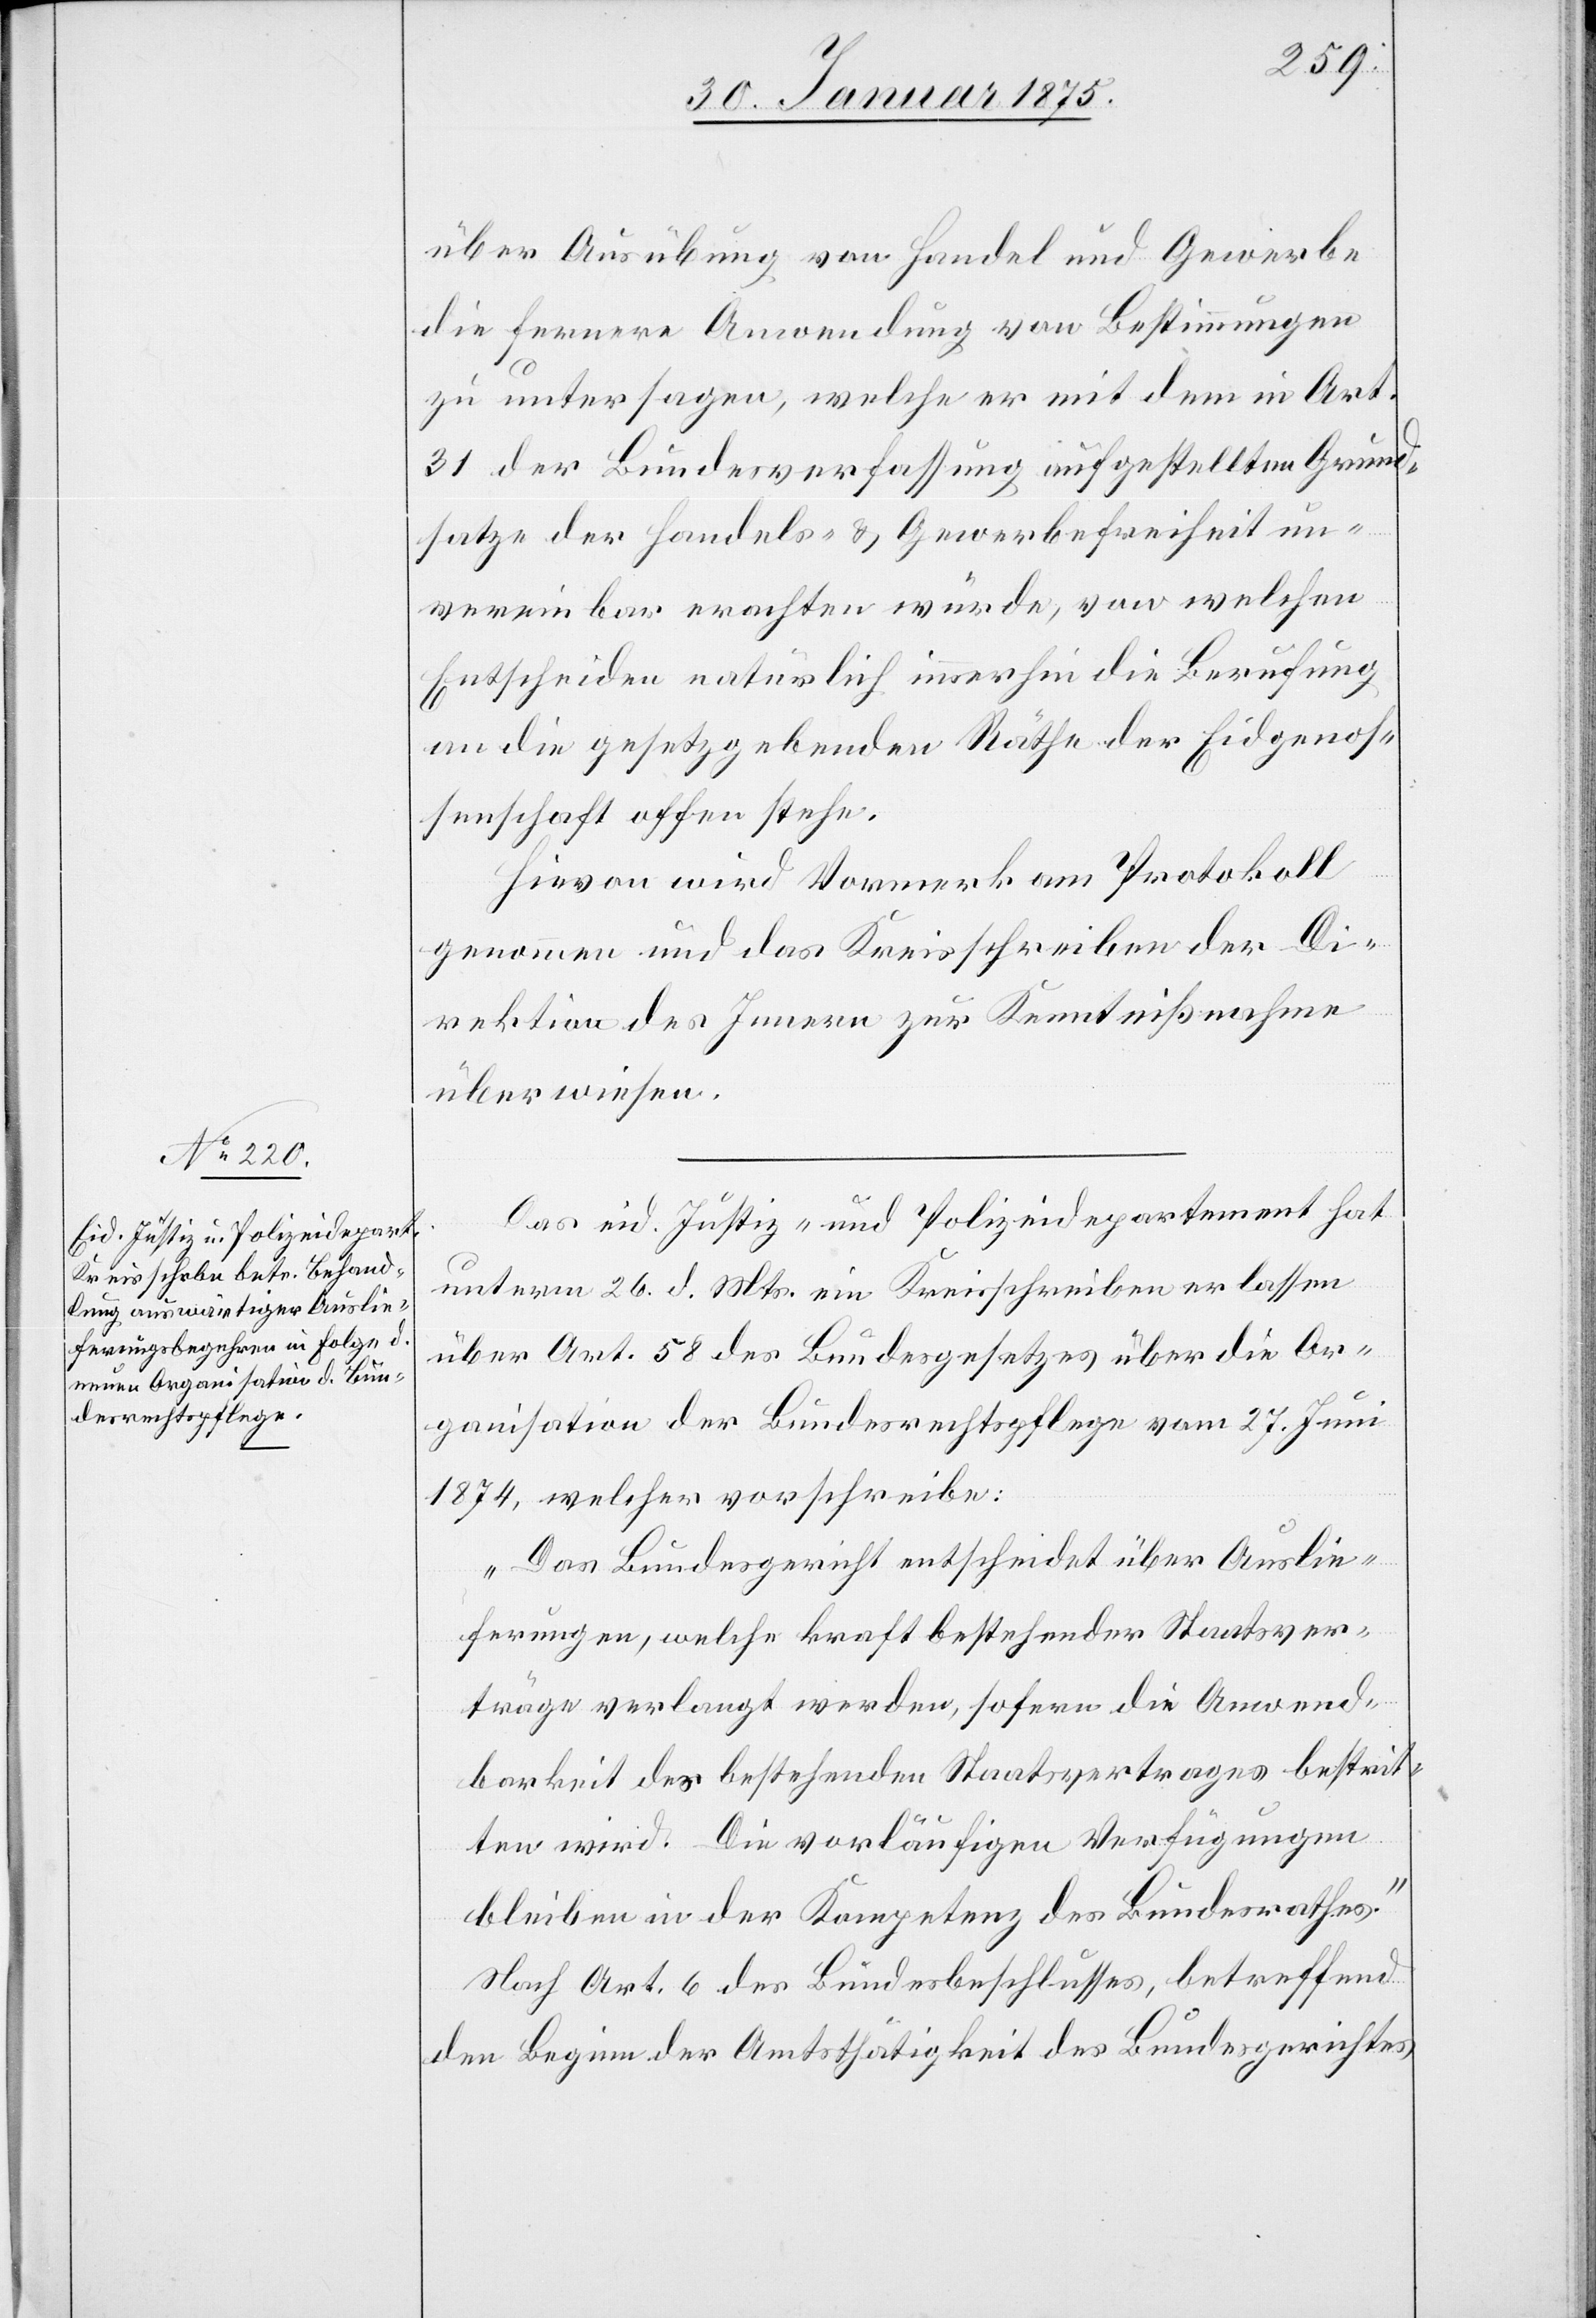
über Ausübung von Handel und Gewerbe
die fernere Anwendung von Bestimmungen
zu untersagen, welche er mit dem in Art.
31 der Bundesverfassung aufgestellten Grund¬
satze der Handels- & Gewerbefreiheit un¬
vereinbar erachten würde, von welchen
Entscheiden natürlich immerhin die Berufung
an die gesetzgebenden Räthe der Eidgenos¬
senschaft offen stehe.
Hievon wird Vormerk am Protokoll
genommen und das Kreisschreiben der Di¬
rektion des Innern zur Kenntnißnahme
überwiesen.
Das eid. Justiz- und Polizeidepartement hat
unterm 26. d. Mts. ein Kreisschreiben erlassen
über Art. 58 des Bundesgesetzes über die Or¬
ganisation der Bunderechtspflege vom 27. Juni
1874, welcher vorschreibe:
„Das Bundesgericht hat entscheidet über Auslie¬
ferungen, welche kraft bestehender Staatsver¬
träge verlangt werden, sofern die Anwend¬
barkeit des bestehenden Staatsvertrages bestrit¬
ten wird. Die vorläufigen Verfügungen
bleiben in der Kompetenz des Bundesrathes.“
Nach Art. 6 des Bundesbeschlusses, betreffend
den Beginn der Amtsthätigkeit des Bundesgerichtes